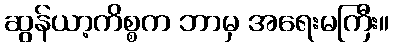
ဆွန်ယာ့ကိစ္စက ဘာမှ အရေးမကြီး။